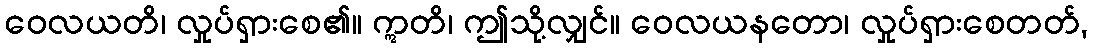
ဝေလယတိ၊ လှုပ်ရှားစေ၏။ ဣတိ၊ ဤသို့လျှင်။ ဝေလယနတော၊ လှုပ်ရှားစေတတ်,